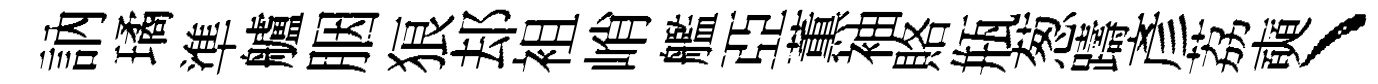
訥璚準艫胭狼𨚫袓峭艦亞薫袖賂瓶葱躊彥荔奭丶